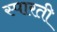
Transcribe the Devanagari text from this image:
स्पारती